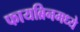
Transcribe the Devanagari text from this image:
फायब्रिनमध्ये